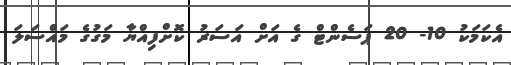
އެކަމަކު 10- 20 ޕަސެންޓް ގެ އަށް އަސަރު ކޮށްފިއްޔާ މަގުގެ މައްސަލަ